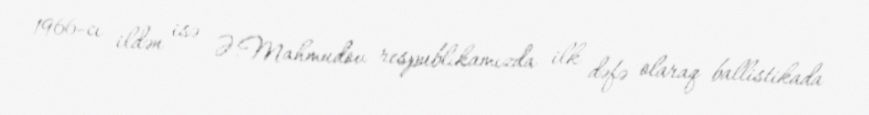
1966-cı ildən isə Ə.Mahmudov respublikamızda ilk dəfə olaraq ballistikada